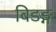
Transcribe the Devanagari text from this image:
बिडङ्ग